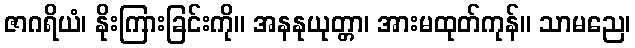
ဇာဂရိယံ၊ နိုးကြားခြင်းကို။ အနနုယုတ္တာ၊ အားမထုတ်ကုန်။ သာမညေ၊